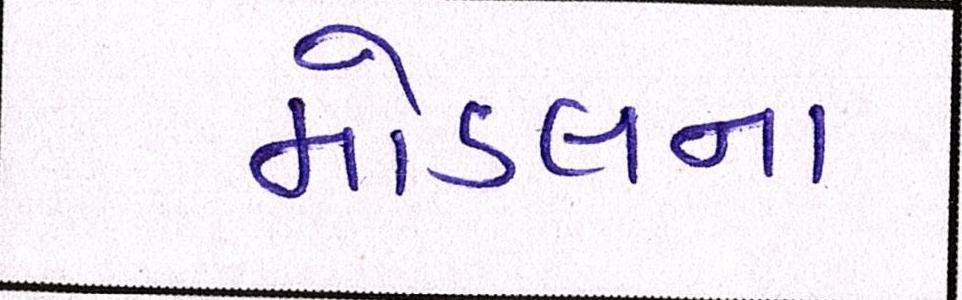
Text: મોડલના